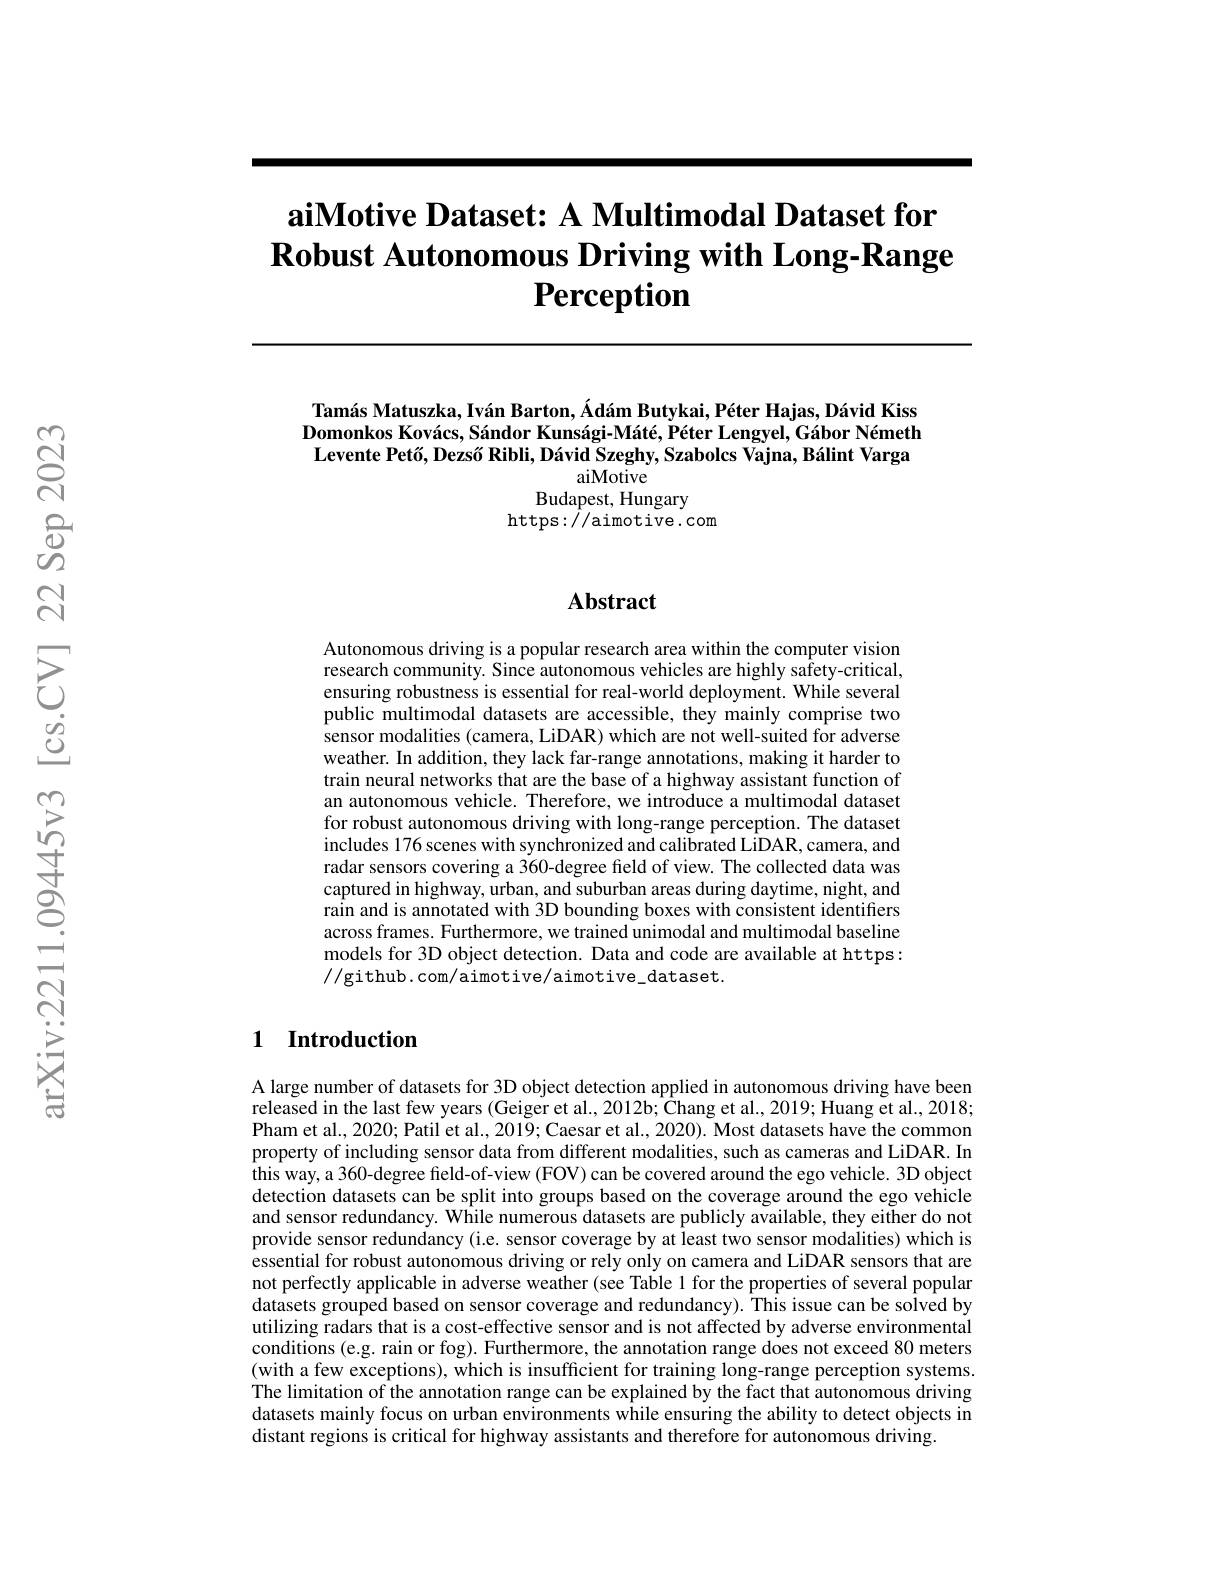
# aiMotive Dataset: A Multimodal Dataset for $\textbf{Robust Autonomous Driving with Long- Range}$ $\textbf{Perception}$

Tamás Matuszka, Iván Barton, Ádám Butykai, Péter Hajas, Dávid Kiss Domonkos Kovács, Sándor Kunsági-Máté, Péter Lengyel, Gábor Németh Levente Pető, Dezső Ribli, Dávid Szeghy, Szabolcs Vajna, Bálint Varga
aiMotive

Budapest, Hungary
https://aimotive.com

## $\mathbf{Abstract}$

Autonomous driving is a popular research area within the computer vision research community. Since autonomous vehicles are highly safety-critical, ensuring robustness is essential for real-world deployment. While several public multimodal datasets are accessible, they mainly comprise two sensor modalities (camera, LiDAR) which are not well-suited for adverse weather. In addition, they lack far-range annotations, making it harder to train neural networks that are the base of a highway assistant function of an autonomous vehicle. Therefore, we introduce a multimodal dataset for robust autonomous driving with long-range perception. The dataset includes 176 scenes with synchronized and calibrated LiDAR, camera, and radar sensors covering a 360-degree field of view. The collected data was captured in highway, urban, and suburban areas during daytime, night, and rain and is annotated with 3D bounding boxes with consistent identifiers across frames. Furthermore, we trained unimodal and multimodal baseline models for 3D object detection. Data and code are available at https: //github.com/aimotive/aimotive\_dataset.

## 1 Introduction

A large number of datasets for 3D object detection applied in autonomous driving have been released in the last few years (Geiger et al., 2012b; Chang et al., 2019; Huang et al., 2018; Pham et al., 2020; Patil et al., 2019; Caesar et al., 2020). Most datasets have the common property of including sensor data from different modalities, such as cameras and LiDAR. In this way, a 360-degree field-of-view (FOV) can be covered around the ego vehicle. 3D object detection datasets can be split into groups based on the coverage around the ego vehicle and sensor redundancy. While numerous datasets are publicly available, they either do not provide sensor redundancy (i.e. sensor coverage by at least two sensor modalities) which is essential for robust autonomous driving or rely only on camera and LiDAR sensors that are not perfectly applicable in adverse weather (see Table 1 for the properties of several popular datasets grouped based on sensor coverage and redundancy). This issue can be solved by utilizing radars that is a cost-effective sensor and is not affected by adverse environmental conditions (e.g. rain or fog). Furthermore, the annotation range does not exceed 80 meters (with a few exceptions), which is insufficient for training long-range perception systems The limitation of the annotation range can be explained by the fact that autonomous driving datasets mainly focus on urban environments while ensuring the ability to detect objects in distant regions is critical for highway assistants and therefore for autonomous driving.